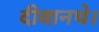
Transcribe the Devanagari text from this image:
दीवानथे।